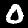
Label: 0